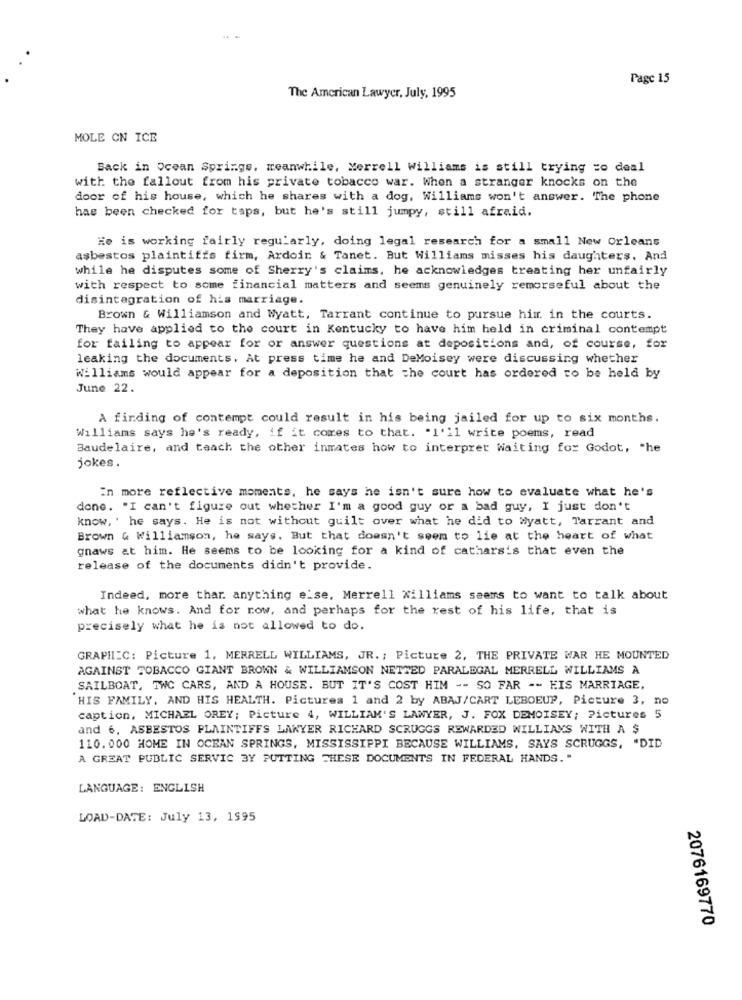
Page 15
The American Lawyer, July, 1995
MOLE ON ICE
Back in Ocean Springs, meanwhile, Merrell Williams is still trying zo deal
with the fallout from his private tobacco war. When a stranger knocks on the
door of his house, which he shares with a dog, Williams won't answer. The phone
has been checked for taps, but he's still jumpy, still afraid.
He is working fairly regularly, doing legal research for a small New Orleans
asbestos plaintiffs firm, Ardoin & Tanet. But Williams misses his daughters. And
while he disputes some of Sherry's claims, he acknowledges treating her unfairly
with respect to some financial matters and seems genuinely remorseful about the
disintegration of his marriage.
Brown & Williamson and Wyatt, Tarrant continue to pursue him in the courts.
They have applied to the court in Kentucky to have him held in criminal contempt
for failing to appear for or answer questions at depositions and, of course, for
leaking the documents, At press time he and DeMoisey were discussing whether
Williams would appear for a deposition that the court has ordered to be held by
June 22.
A finding of contempt could result in his being jailed for up to six months.
Williams says he's ready, if it comes to that. "I'll write poems, read
Baudelaire, and teach the other inmates how to interpret Waiting for Godot, "he
jokes .
In more reflective moments, he says he isn't sure how to evaluate what he's
done. "I can't figure out whether I'm a good guy or a bad guy, I just don't
know, ' he says. He is not without guilt over what he did to Wyatt, Tarrant and
Brown & Williamson, he says. But that doesn't seem to lie at the heart of what
gnaws at him. He seems to be looking for a kind of catharsis that even the
release of the documents didn't provide.
Indeed, more thar. anything else. Merrell Williams seems to want to talk about
what he knows. And for now, and perhaps for the rest of his life, that is
precisely what he is not allowed to do.
GRAPHIC: Picture 1, MERRELL WILLIAMS, JR. ; Picture 2, THE PRIVATE WAR HE MOUNTED
AGAINST TOBACCO GIANT BROWN & WILLIAMSON NETTED PARALEGAL MERRELL WILLIAMS A
SAILBOAT, TWC CARS, AND A HOUSE. BUT IT'S COST HIM -- SO FAR -- HIS MARRIAGE,
HIS FAMILY. AND HIS HEALTH. Pictures 1 and 2 by ABAJ/CART LEBOEUF, Picture 3, no
caption, MICHAEL OREY; Picture 4, WILLIAM'S LAWYER, J. FOX DEMOISEY; Pictures 5
and 6, ASBESTOS PLAINTIFFS LAWYER RICHARD SCRUGGS REWARDED WILLIAMS WITH A $
110. 000 HOME IN OCEAN SPRINGS, MISSISSIPPI BECAUSE WILLIAMS, SAYS SCRUGGS, "DID
A GREAT PUBLIC SERVIC BY PUTTING THESE DOCUMENTS IN FEDERAL HANDS."
LANGUAGE: ENGLISH
LOAD-DATE: July 13, 1995
2076169770